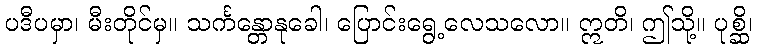
ပဒီပမှာ၊ မီးတိုင်မှ။ သင်္ကန္တောနုခေါ၊ ပြောင်းရွေ့လေသလော။ ဣတိ၊ ဤသို့။ ပုစ္ဆိ၊